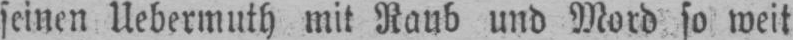
seinen Uebermuth mit Raub und Mord so weit